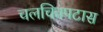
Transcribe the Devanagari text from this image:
चलचित्रपटास